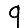
Digit: 9